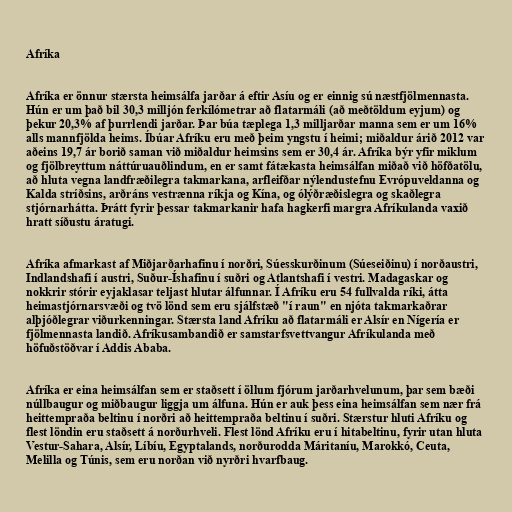
Afríka

Afríka er önnur stærsta heimsálfa jarðar á eftir Asíu og er einnig sú næstfjölmennasta.
Hún er um það bil 30,3 milljón ferkílómetrar að flatarmáli (að meðtöldum eyjum) og
þekur 20,3% af þurrlendi jarðar. Þar búa tæplega 1,3 milljarðar manna sem er um 16%
alls mannfjölda heims. Íbúar Afríku eru með þeim yngstu í heimi; miðaldur árið 2012 var
aðeins 19,7 ár borið saman við miðaldur heimsins sem er 30,4 ár. Afríka býr yfir miklum
og fjölbreyttum náttúruauðlindum, en er samt fátækasta heimsálfan miðað við höfðatölu,
að hluta vegna landfræðilegra takmarkana, arfleifðar nýlendustefnu Evrópuveldanna og
Kalda stríðsins, arðráns vestrænna ríkja og Kína, og ólýðræðislegra og skaðlegra
stjórnarhátta. Þrátt fyrir þessar takmarkanir hafa hagkerfi margra Afríkulanda vaxið
hratt síðustu áratugi.

Afríka afmarkast af Miðjarðarhafinu í norðri, Súesskurðinum (Súeseiðinu) í norðaustri,
Indlandshafi í austri, Suður-Íshafinu í suðri og Atlantshafi í vestri. Madagaskar og
nokkrir stórir eyjaklasar teljast hlutar álfunnar. Í Afríku eru 54 fullvalda ríki, átta
heimastjórnarsvæði og tvö lönd sem eru sjálfstæð "í raun" en njóta takmarkaðrar
alþjóðlegrar viðurkenningar. Stærsta land Afríku að flatarmáli er Alsír en Nígería er
fjölmennasta landið. Afríkusambandið er samstarfsvettvangur Afríkulanda með
höfuðstöðvar í Addis Ababa.

Afríka er eina heimsálfan sem er staðsett í öllum fjórum jarðarhvelunum, þar sem bæði
núllbaugur og miðbaugur liggja um álfuna. Hún er auk þess eina heimsálfan sem nær frá
heittempraða beltinu í norðri að heittempraða beltinu í suðri. Stærstur hluti Afríku og
flest löndin eru staðsett á norðurhveli. Flest lönd Afríku eru í hitabeltinu, fyrir utan hluta
Vestur-Sahara, Alsír, Líbíu, Egyptalands, norðurodda Máritaníu, Marokkó, Ceuta,
Melilla og Túnis, sem eru norðan við nyrðri hvarfbaug.